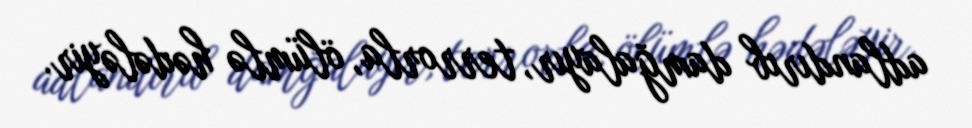
adlandırıb damğalayır, terrorla, ölümlə hədələyir.